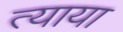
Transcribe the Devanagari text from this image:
त्याया